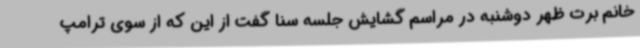
خانم برت ظهر دوشنبه در مراسم گشایش جلسه سنا گفت از این که از سوی ترامپ